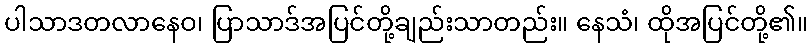
ပါသာဒတလာနေဝ၊ ပြာသာဒ်အပြင်တို့ချည်းသာတည်း။ နေသံ၊ ထိုအပြင်တို့၏။